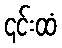
၎င်းထံ